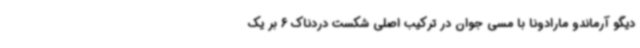
دیگو آرماندو مارادونا با مسی جوان در ترکیب اصلی شکست دردناک 6 بر یک